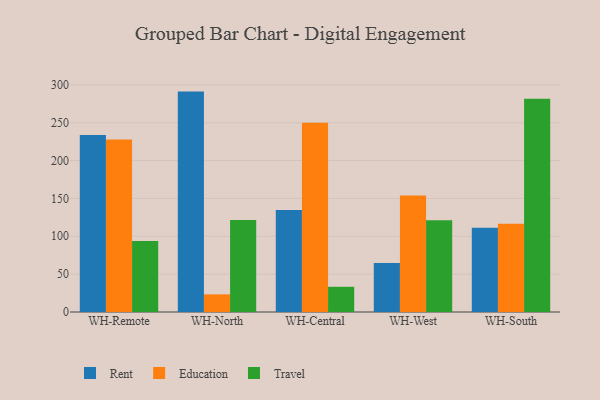
{"axis": {"x": "Warehouse", "y": "Net Income (USD K)"}, "legend": ["Education", "Rent", "Travel"], "data": [{"x": "WH-Remote", "y": 233.9, "type": "Rent"}, {"x": "WH-Remote", "y": 227.9, "type": "Education"}, {"x": "WH-Remote", "y": 93.9, "type": "Travel"}, {"x": "WH-North", "y": 291.1, "type": "Rent"}, {"x": "WH-North", "y": 23.3, "type": "Education"}, {"x": "WH-North", "y": 121.4, "type": "Travel"}, {"x": "WH-Central", "y": 134.8, "type": "Rent"}, {"x": "WH-Central", "y": 250.1, "type": "Education"}, {"x": "WH-Central", "y": 33.3, "type": "Travel"}, {"x": "WH-West", "y": 64.8, "type": "Rent"}, {"x": "WH-West", "y": 154.0, "type": "Education"}, {"x": "WH-West", "y": 121.3, "type": "Travel"}, {"x": "WH-South", "y": 111.4, "type": "Rent"}, {"x": "WH-South", "y": 116.5, "type": "Education"}, {"x": "WH-South", "y": 281.6, "type": "Travel"}]}